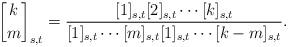
LaTeX: \begin{align*} {k \brack m}_{s,t} = \frac{[1]_{s,t} [2]_{s,t}\cdots [k]_{s,t}}{[1]_{s,t} \cdots [m]_{s,t} [1]_{s,t} \cdots [k-m]_{s,t}}. \end{align*}